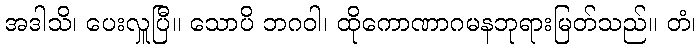
အဒါသိ၊ ပေးလှူပြီ။ သောပိ ဘဂဝါ၊ ထိုကောဏာဂမနဘုရားမြတ်သည်။ တံ၊